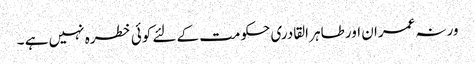
ورنہ عمران اور طاہر القادری حکومت کے لئے کوئی خطرہ نہیں ہے ۔